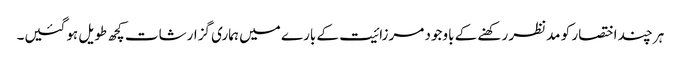
ہر چند اختصار کو مدنظر رکھنے کے باوجود مرزائیت کے بارے میں ہماری گزارشات کچھ طویل ہوگئیں۔